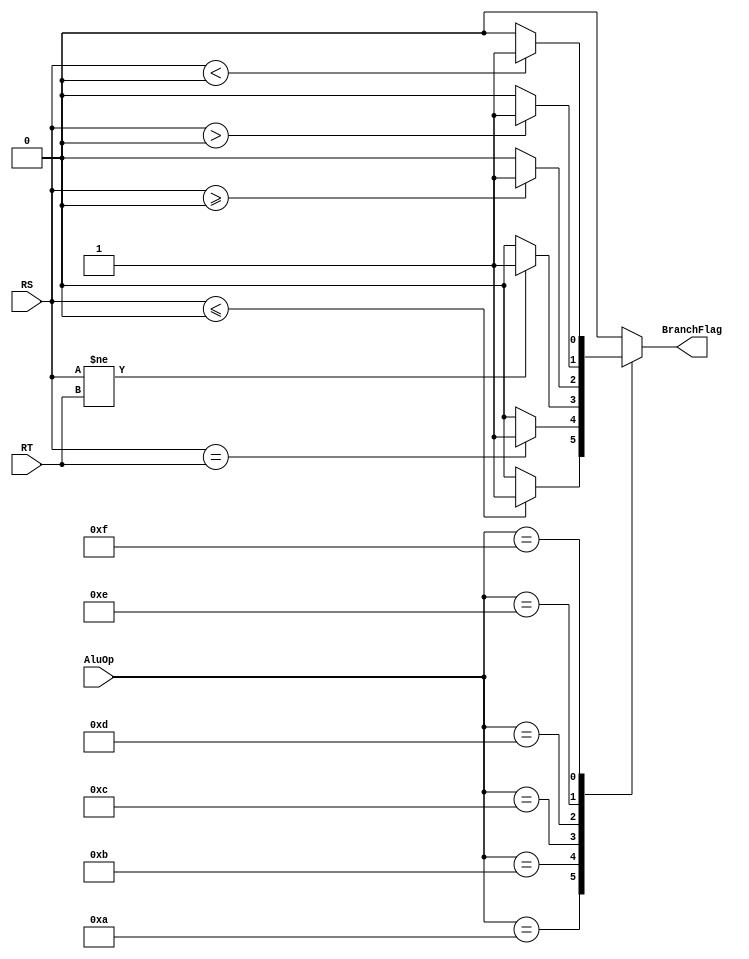
`timescale 1ns / 1ps
//////////////////////////////////////////////////////////////////////////////////
// Company: 
// Engineer: 
// 
// Design Name: 
// Module Name: BranchALU
// Project Name: 
// Target Devices: 
// Tool Versions: 
// Description: 
// 
// Dependencies: 
// 
// Revision:
// Revision 0.01 - File Created
// Additional Comments:
// 
//////////////////////////////////////////////////////////////////////////////////


module BranchALU(
    input [3:0] AluOp,
    input signed [31:0] RT,
    input signed [31:0] RS,
    
    output reg BranchFlag
    );
    
    always @(AluOp, RT, RS) begin 
//        $display("is it u branch ALU");
        case(AluOp)
            4'b1010: begin //blez
			 BranchFlag = RS <= 32'sd0 ? 1:0; //if A <= B, 1, else 0 //blez
			end
			
			4'b1011: begin //beq
			 BranchFlag = RS == RT ? 1:0; //if A == B, 1, else 0 
			end
			
			4'b1100: begin //bne
			 BranchFlag = RS != RT ? 1:0; //if A != B, 1, else 0 
			end
			
			4'b1101: begin //bgez
			 BranchFlag = RS >= 32'sd0 ? 1:0; //if A >= B, 1, else 0
			end
			
			4'b1110: begin //bgtz
			 BranchFlag = RS > 32'sd0 ? 1:0; //if A > B, 1, else 0 
			end
			
			4'b1111: begin //bltz
			 BranchFlag = RS < 32'sd0 ? 1:0; //if A < B, 1, else 0
            end
            
            default: begin
                BranchFlag = 0;
                end
         endcase
      end
endmodule